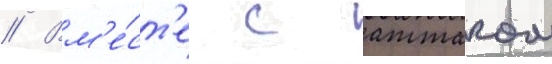
// Вм'е́ст'е с атталом